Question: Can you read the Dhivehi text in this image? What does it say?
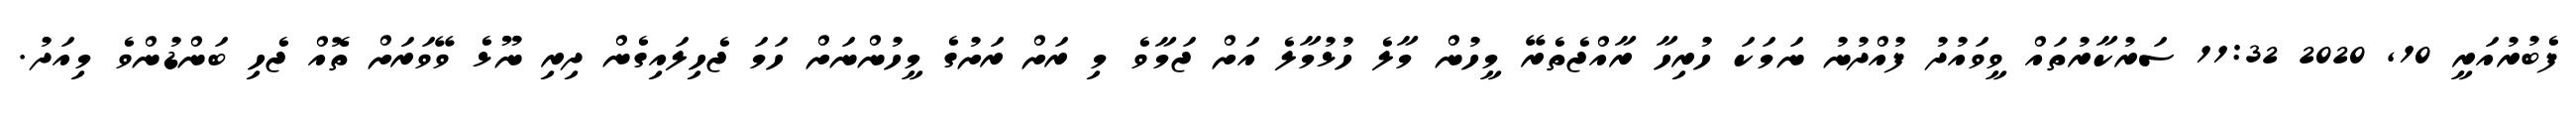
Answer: ފެބުރުއަރީ 10, 2020 11:32 ސަރުކާރުތައް ވީވައުދު ފުއްދުނު ނަމަކަ ހުރިހާ ރާއްޖެތެރޭ މީހުން މާލެ ހުޅުމާލެ އަށް ޖަމާވެ މި ރަށް ރަށުގެ މީހުންނަށް ހަމަ ޖެހިލައިގެން ދިރި ނޫޅެ ވޭވަރަށް ތޮއް ޖެހި ބަންޑުންވެ މިއަދު.